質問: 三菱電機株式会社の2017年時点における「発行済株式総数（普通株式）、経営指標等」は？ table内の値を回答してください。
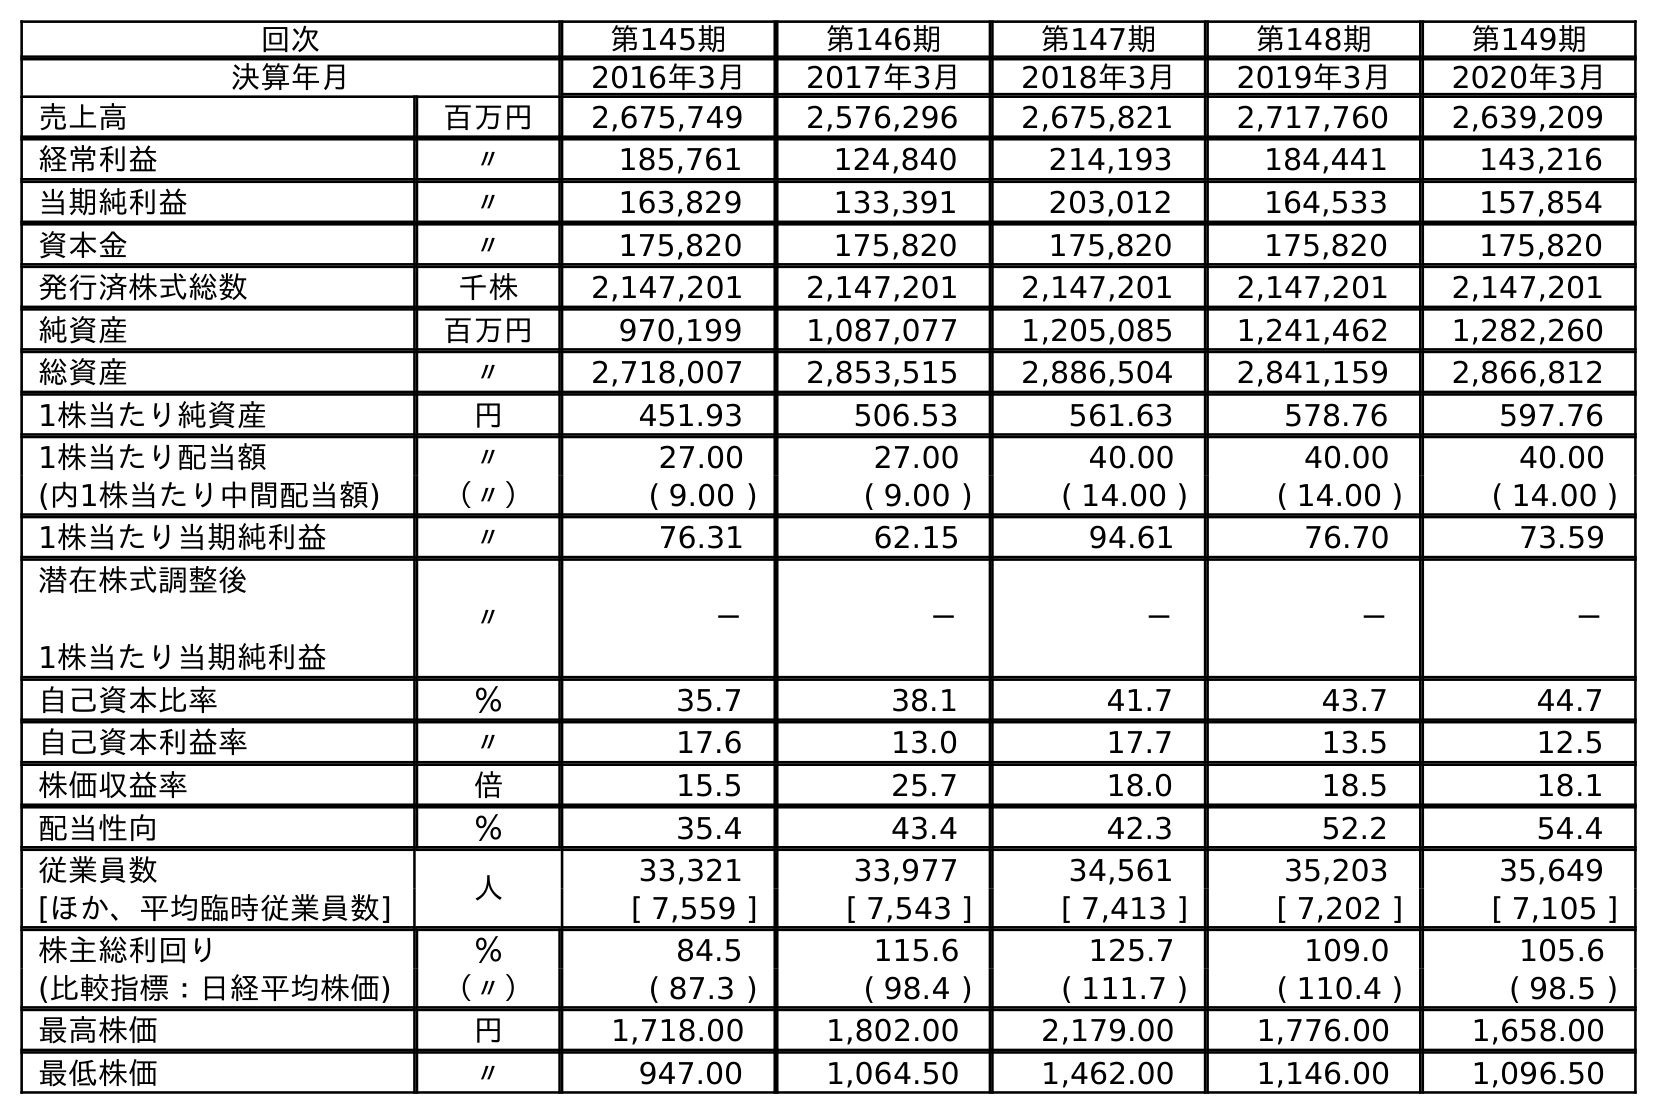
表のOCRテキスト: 回次 第145期 第146期 第147期 第148期 第149期 決算年月 2016年3月 2017年3月 2018年3月 2019年3月 2020年3月 売上高 百万円 2,675,749 2,576,296 2,675,821 2,717,760 2,639,209 経常利益 〃 185,761 124,840 214,193 184,441 143,216 当期純利益 〃 163,829 133,391 203,012 164,533 157,854 資本金 〃 175,820 175,820 175,820 175,820 175,820 発行済株式総数 千株 2,147,201 2,147,201 2,147,201 2,147,201 2,147,201 純資産 百万円 970,199 1,087,077 1,205,085 1,241,462 1,282,260 総資産 〃 2,718,007 2,853,515 2,886,504 2,841,159 2,866,812 1株当たり純資産 円 451.93 506.53 561.63 578.76 597.76 1株当たり配当額 〃 27.00 27.00 40.00 40.00 40.00 (内1株当たり中間配当額) （〃） ( 9.00 ) ( 9.00 ) ( 14.00 ) ( 14.00 ) ( 14.00 ) 1株当たり当期純利益 〃 76.31 62.15 94.61 76.70 73.59 潜在株式調整後 1株当たり当期純利益 〃 － － － － － 自己資本比率 ％ 35.7 38.1 41.7 43.7 44.7 自己資本利益率 〃 17.6 13.0 17.7 13.5 12.5 株価収益率 倍 15.5 25.7 18.0 18.5 18.1 配当性向 ％ 35.4 43.4 42.3 52.2 54.4 従業員数 人 33,321 33,977 34,561 35,203 35,649 [ほか、平均臨時従業員数] [ 7,559 ] [ 7,543 ] [ 7,413 ] [ 7,202 ] [ 7,105 ] 株主総利回り ％ 84.5 115.6 125.7 109.0 105.6 (比較指標：日経平均株価) （〃） ( 87.3 ) ( 98.4 ) ( 111.7 ) ( 110.4 ) ( 98.5 ) 最高株価 円 1,718.00 1,802.00 2,179.00 1,776.00 1,658.00 最低株価 〃 947.00 1,064.50 1,462.00 1,146.00 1,096.50
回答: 2,147,201